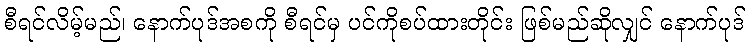
စီရင်လိမ့်မည်၊ နောက်ပုဒ်အစကို စီရင်မှ ပင်ကိုစပ်ထားတိုင်း ဖြစ်မည်ဆိုလျှင် နောက်ပုဒ်